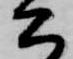
公